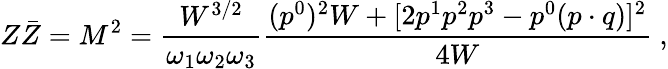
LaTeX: Z\bar{Z}=M^{2}=\frac{W^{3/2}}{\omega_{1}\omega_{2}\omega_{3}}\frac{(p^{0})^{2}W+[2p^{1}p^{2}p^{3}-p^{0}(p\cdot q)]^{2}}{4W}\ ,